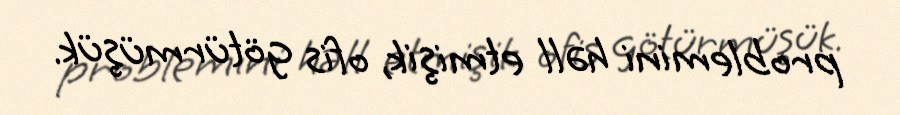
problemini həll etmişik, ofis götürmüşük.